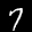
Label: 7